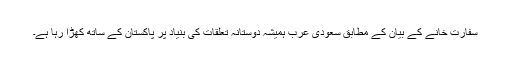
سفارت خانے کے بیان کے مطابق سعودی عرب ہمیشہ دوستانہ تعلقات کی بنیاد پر پاکستان کے ساتھ کھڑا رہا ہے۔